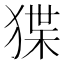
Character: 𭸗